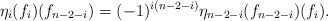
\begin{align*}\eta_i(f_i)(f_{n-2-i})=(-1)^{i(n-2-i)} \eta_{n-2-i}(f_{n-2-i})(f_i).\end{align*}